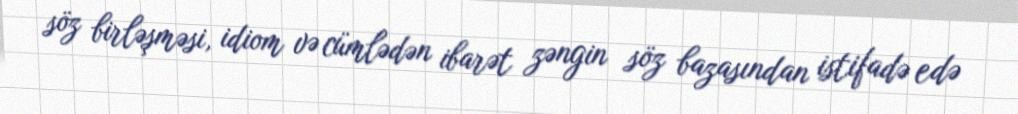
söz birləşməsi, idiom və cümlədən ibarət zəngin söz bazasından istifadə edə